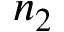
n _ { 2 }